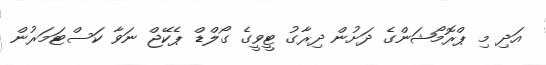
އަދި މި ޕްރޮމޯޝަންގެ ދަށުން ދިރާގު ޓީވީގެ ގޯލްޑް ޕެކޭޖް ނަވާ ކަސްޓަމަރުން